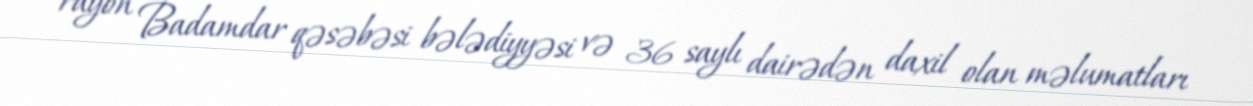
rayon Badamdar qəsəbəsi bələdiyyəsi və 36 saylı dairədən daxil olan məlumatları